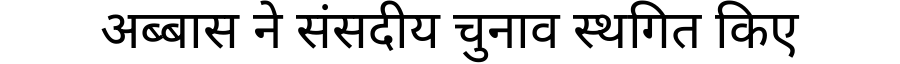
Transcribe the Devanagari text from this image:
अब्बास ने संसदीय चुनाव स्थगित किए